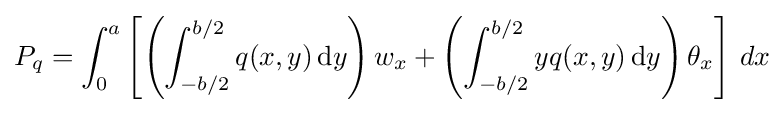
P_{q}=\int _{0}^{a}\left[\left(\int _{-b/2}^{b/2}q(x,y)\,{\text{d}}y\right)w_{x}+\left(\int _{-b/2}^{b/2}yq(x,y)\,{\text{d}}y\right)\theta _{x}\right]\,dx